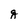
Character: q